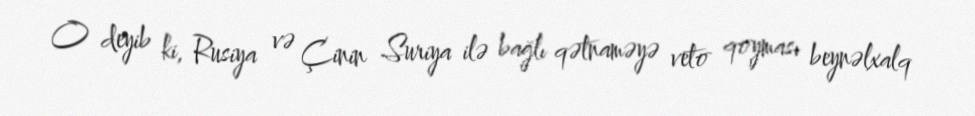
O deyib ki, Rusiya və Çinin Suriya ilə bağlı qətnaməyə veto qoyması beynəlxalq